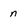
Character: n